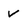
Character: v